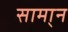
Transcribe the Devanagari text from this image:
सामा्न